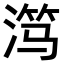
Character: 𬈏